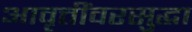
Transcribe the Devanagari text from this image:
आवृत्तींवरसुद्धा